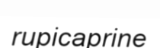
rupicaprine